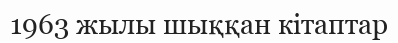
1963 жылы шыққан кітаптар